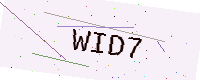
Text: WID7